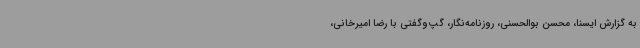
به گزارش ایسنا، محسن بوالحسنی، روزنامه‌نگار، گپ‌وگفتی با رضا امیرخانی،